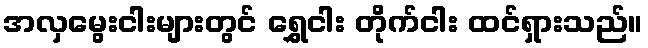
အလှမွေးငါးများတွင် ရွှေငါး တိုက်ငါး ထင်ရှားသည်။